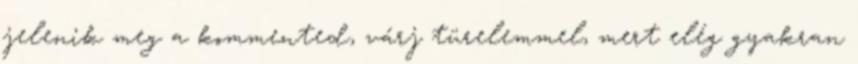
jelenik meg a kommented, várj türelemmel, mert elég gyakran